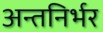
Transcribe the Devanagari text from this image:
अन्तनिर्भर